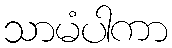
သာမံပါကာ